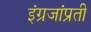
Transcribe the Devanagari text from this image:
इंग्रजांप्रती